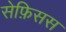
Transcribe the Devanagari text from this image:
सेफ़िसस